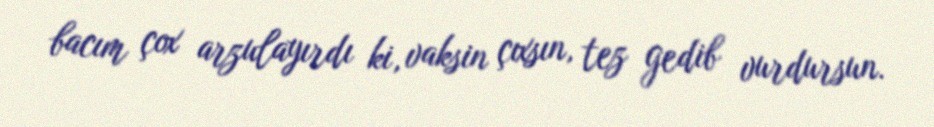
bacım çox arzulayırdı ki, vaksin çıxsın, tez gedib vurdursun.